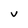
Character: v